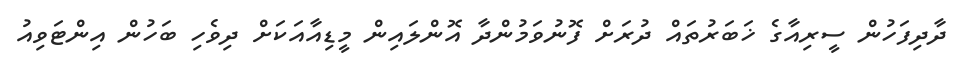
ދާދިފަހުން ސީރިއާގެ ޚަބަރުތައް ދުރަށް ފޮނުވަމުންދާ އޮންލައިން މީޑިއާއަކަށް ދިވެހި ބަހުން އިންޓަވިއު